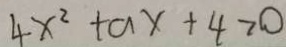
4 x ^ { 2 } + a x + 4 > 0